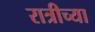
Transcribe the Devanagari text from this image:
रात्रीच्या